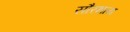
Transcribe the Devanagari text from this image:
सौरभाय